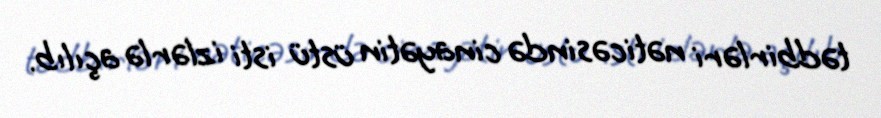
tədbirləri nəticəsində cinayətin üstü isti izlərlə açılıb.